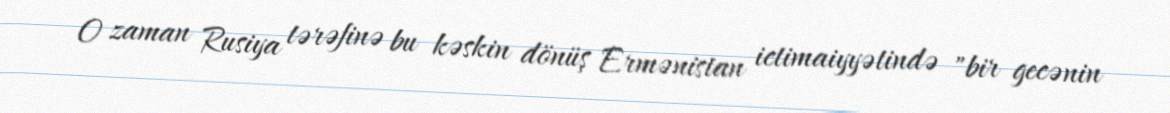
O zaman Rusiya tərəfinə bu kəskin dönüş Ermənistan ictimaiyyətində "bir gecənin